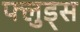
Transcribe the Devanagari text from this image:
फ्लुड्स